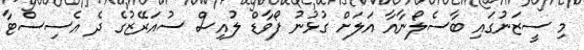
މި ސީޒަނުގައި ބާސެލޯނާއާ އަލަށް ގުޅުނު ފޯވާޑް ލުއިސް ސުއަރޭޒުގެ ދެ އެސިސްޓާ